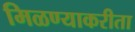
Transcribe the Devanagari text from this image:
मिळण्याकरीता